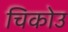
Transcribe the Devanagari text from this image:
चिकोउ